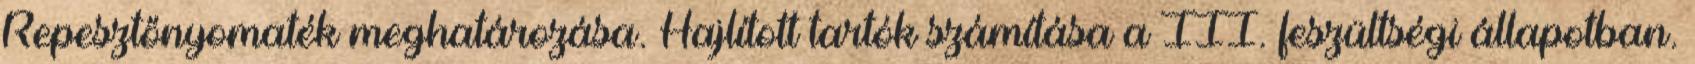
Repesztőnyomaték meghatározása. Hajlított tartók számítása a III. feszültségi állapotban.